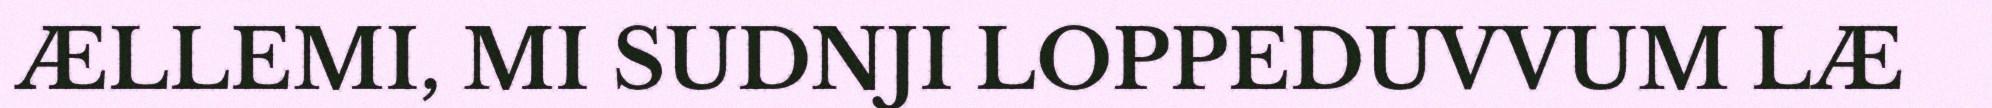
ÆLLEMI, MI SUDNJI LOPPEDUVVUM LÆ